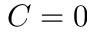
C = 0